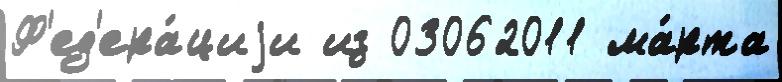
Ф'ед'ера́циjи из 03062011 ма́рта